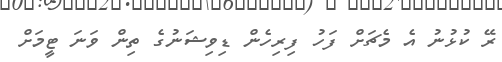
ރޭ ކުޅުނު އެ މެޗަށް ފަހު ފިރިހެން ޑިވިޝަނުގެ ތިން ވަނަ ޓީމަށް